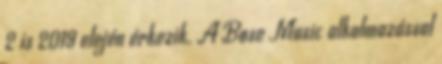
2 is 2019 elején érkezik. A Bose Music alkalmazással